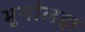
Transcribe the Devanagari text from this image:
भूगोलज्ञ